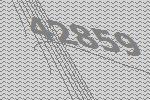
42859